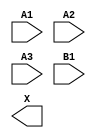
module sky130_fd_sc_ms__a31o (
    //# {{data|Data Signals}}
    input  A1,
    input  A2,
    input  A3,
    input  B1,
    output X
);

    // Voltage supply signals
    supply1 VPWR;
    supply0 VGND;
    supply1 VPB ;
    supply0 VNB ;

endmodule